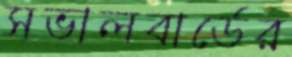
সভালবার্ডের